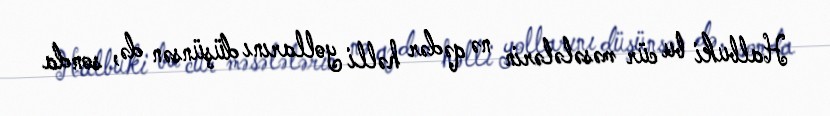
Halbuki bu cür məsələlərin nə qədər həlli yollarını düşünsən də, sonda